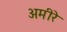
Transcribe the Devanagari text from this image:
अमीरे